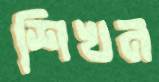
শিখন